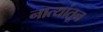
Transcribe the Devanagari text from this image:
नात्यांतून